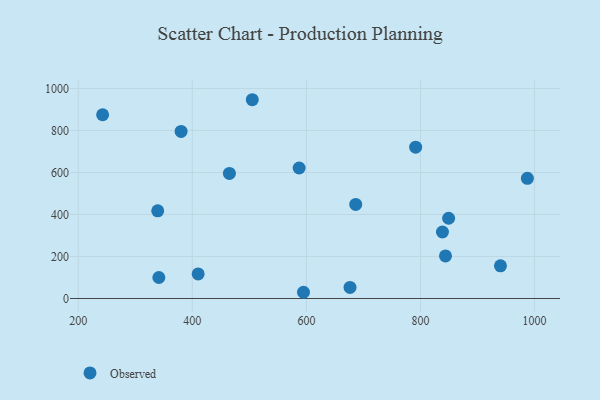
{"axis": {"x": "Engine Size", "y": "Exam Score"}, "legend": ["Observed"], "data": [{"x": "843.9", "y": 202.6, "type": "Observed"}, {"x": "987.5", "y": 571.9, "type": "Observed"}, {"x": "242.7", "y": 874.8, "type": "Observed"}, {"x": "505.1", "y": 946.3, "type": "Observed"}, {"x": "410.2", "y": 117.0, "type": "Observed"}, {"x": "838.6", "y": 316.6, "type": "Observed"}, {"x": "587.3", "y": 621.2, "type": "Observed"}, {"x": "341.3", "y": 99.9, "type": "Observed"}, {"x": "849.4", "y": 382.0, "type": "Observed"}, {"x": "594.9", "y": 29.6, "type": "Observed"}, {"x": "791.6", "y": 720.2, "type": "Observed"}, {"x": "339.3", "y": 417.5, "type": "Observed"}, {"x": "686.5", "y": 447.8, "type": "Observed"}, {"x": "676.5", "y": 52.8, "type": "Observed"}, {"x": "465.0", "y": 595.2, "type": "Observed"}, {"x": "940.3", "y": 155.6, "type": "Observed"}, {"x": "380.3", "y": 795.4, "type": "Observed"}]}